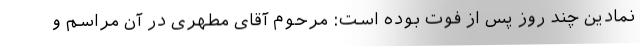
نمادین چند روز پس از فوت بوده است: مرحوم آقای مطهری در آن مراسم و